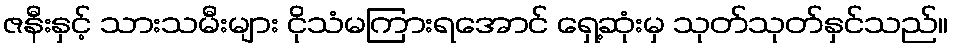
ဇနီးနှင့် သားသမီးများ ငိုသံမကြားရအောင် ရှေ့ဆုံးမှ သုတ်သုတ်နှင်သည်။